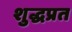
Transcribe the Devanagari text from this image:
शुद्धप्रत